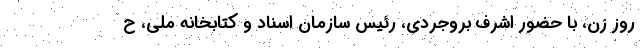
روز زن، با حضور اشرف بروجردی، رئیس سازمان اسناد و کتابخانه ملی، ح